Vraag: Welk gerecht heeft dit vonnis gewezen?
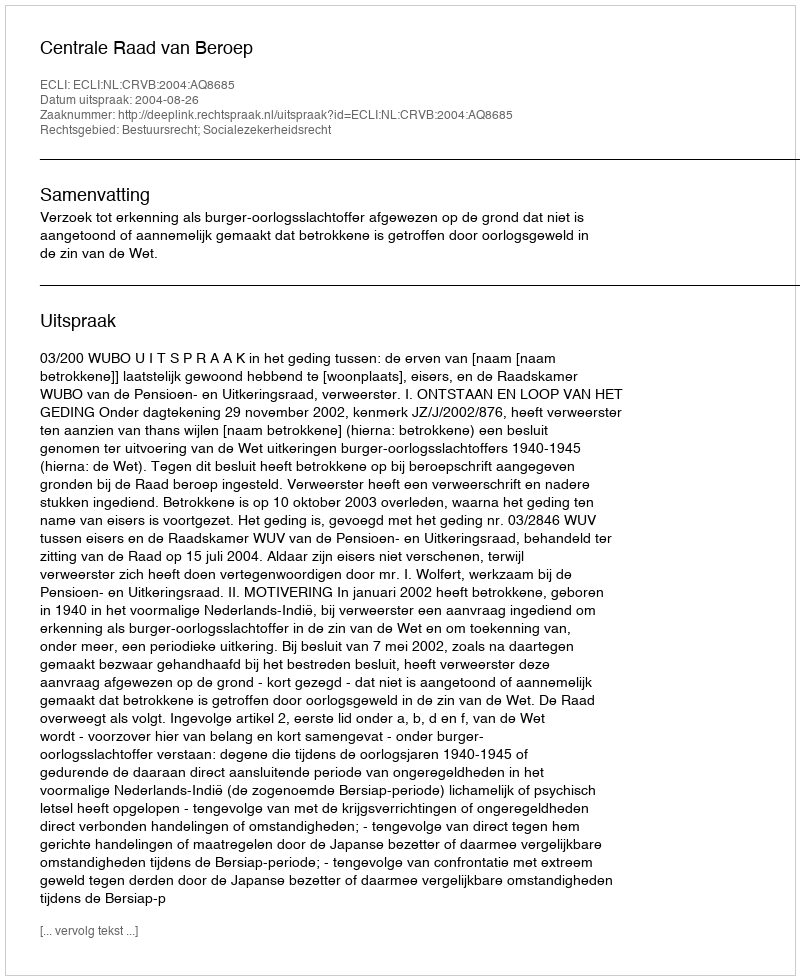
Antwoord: Centrale Raad van Beroep